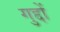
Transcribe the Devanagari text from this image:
गुद्दों